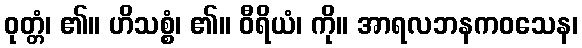
ဝုတ္တံ၊ ၏။ ဟိသစ္စံ၊ ၏။ ဝီရိယံ၊ ကို။ အာရလဘနကဝသေန၊